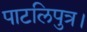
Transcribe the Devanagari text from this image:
पाटलिपुत्र।